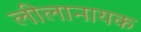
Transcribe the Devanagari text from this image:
लीलानायक